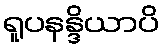
ရူပနန္ဒိယာပိ